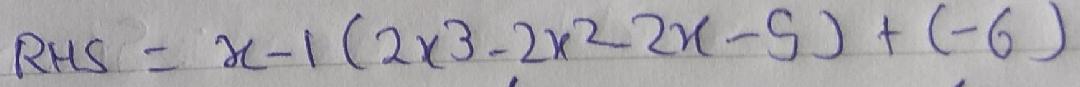
\[
RHS = x - 1(2x^{3}-2x^{2}-2x - 5)+(-6)
\]